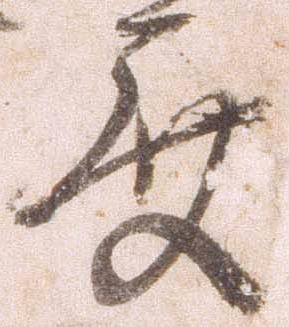
度